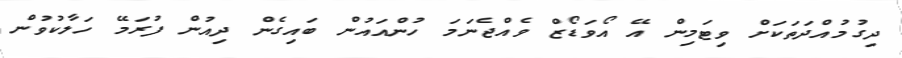
ދިގުމުއްދަތަކަށް ވިޓަމިން އޭ އޯވަޑޯޒް ވެއްޖެނަމަ ހުންއައުން ބައިގެން ދިއުން ފުރަމޭ ހަލާކުވުން